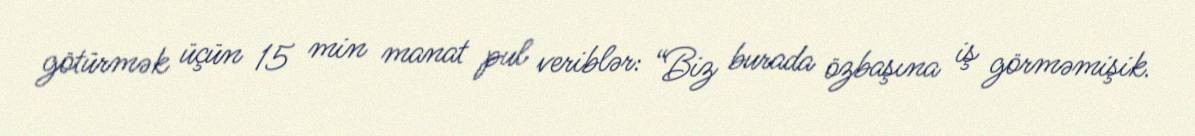
götürmək üçün 15 min manat pul veriblər: “Biz burada özbaşına iş görməmişik.